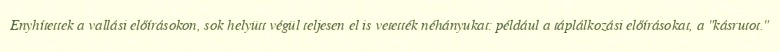
Enyhítettek a vallási előírásokon, sok helyütt végül teljesen el is vetették néhányukat: például a táplálkozási előírásokat, a "kásrutot."